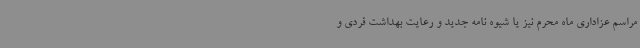
مراسم عزاداری ماه محرم نیز یا شیوه نامه جدید و رعایت بهداشت فردی و